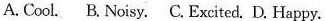
A.Cool. BNoisy.C.Excited. D.Happy